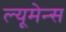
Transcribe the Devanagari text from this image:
ल्यूमेन्स